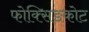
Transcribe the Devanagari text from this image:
फोक्सिङकोट